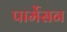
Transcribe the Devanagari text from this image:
पार्मेसन